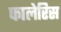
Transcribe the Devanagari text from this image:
फालेरिस